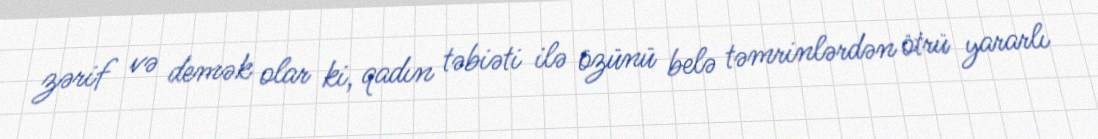
zərif və demək olar ki, qadın təbiəti ilə özünü belə təmrinlərdən ötrü yararlı